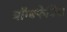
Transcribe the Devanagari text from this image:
बॉम्बफेकित